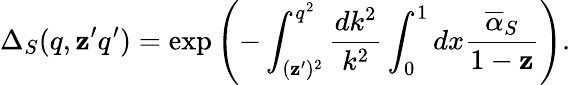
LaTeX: \Delta_{S}(q,\mathbf{z}^{\prime}q^{\prime})=\exp\left(-\int_{(\mathbf{z}^{\prime})^{2}}^{q^{2}}\frac{{dk^{2}}}{{k^{2}}}\int_{0}^{1}dx\frac{{{\overline{{{\alpha}}}}_{S}}}{{1-\mathbf{z}}}\right).